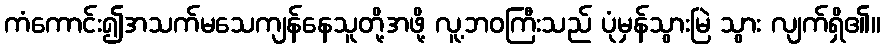
ကံကောင်း၍အသက်မသေကျန်နေသူတို့အဖို့ လူ့ဘဝကြီးသည် ပုံမှန်သွားမြဲ သွား လျက်ရှိ၏။